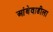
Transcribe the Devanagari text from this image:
आंबेवाडीला